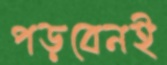
পড়বেনই